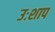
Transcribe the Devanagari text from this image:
उःशाप